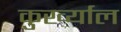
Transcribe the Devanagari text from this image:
कुर्ख्याल